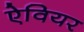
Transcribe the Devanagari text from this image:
ऐवियर